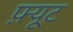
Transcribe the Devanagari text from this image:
फ़्यूट